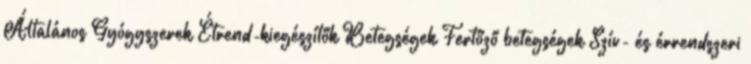
Általános Gyógyszerek Étrend-kiegészítők Betegségek Fertőző betegségek Szív- és érrendszeri